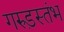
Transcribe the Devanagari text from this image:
गरुड़स्तंभ